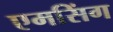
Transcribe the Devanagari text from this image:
एमसिंग